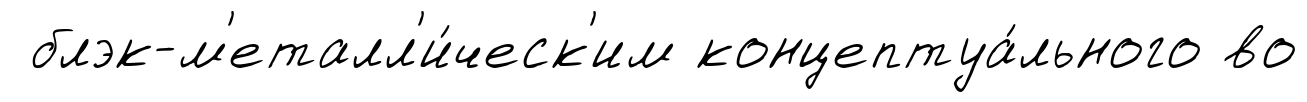
блэк-м'еталл'и́ческ'им концептуа́льного во